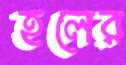
হলের